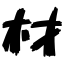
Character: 材